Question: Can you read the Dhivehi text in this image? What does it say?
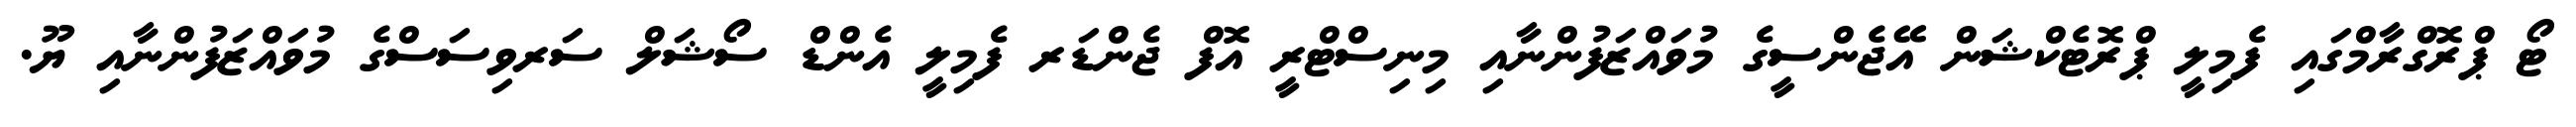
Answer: ޓޯ ޕްރޮގްރާމްގައި ފެމިލީ ޕްރޮޓެކްޝަން އޭޖެންސީގެ މުވައްޒަފުންނާއި މިނިސްޓްރީ އޮފް ޖެންޑަރ ފެމިލީ އެންޑް ސޯޝަލް ސަރވިސަސްގެ މުވައްޒަފުންނާއި ޔޫ.